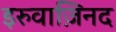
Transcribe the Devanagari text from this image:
इरुवाज़िनद